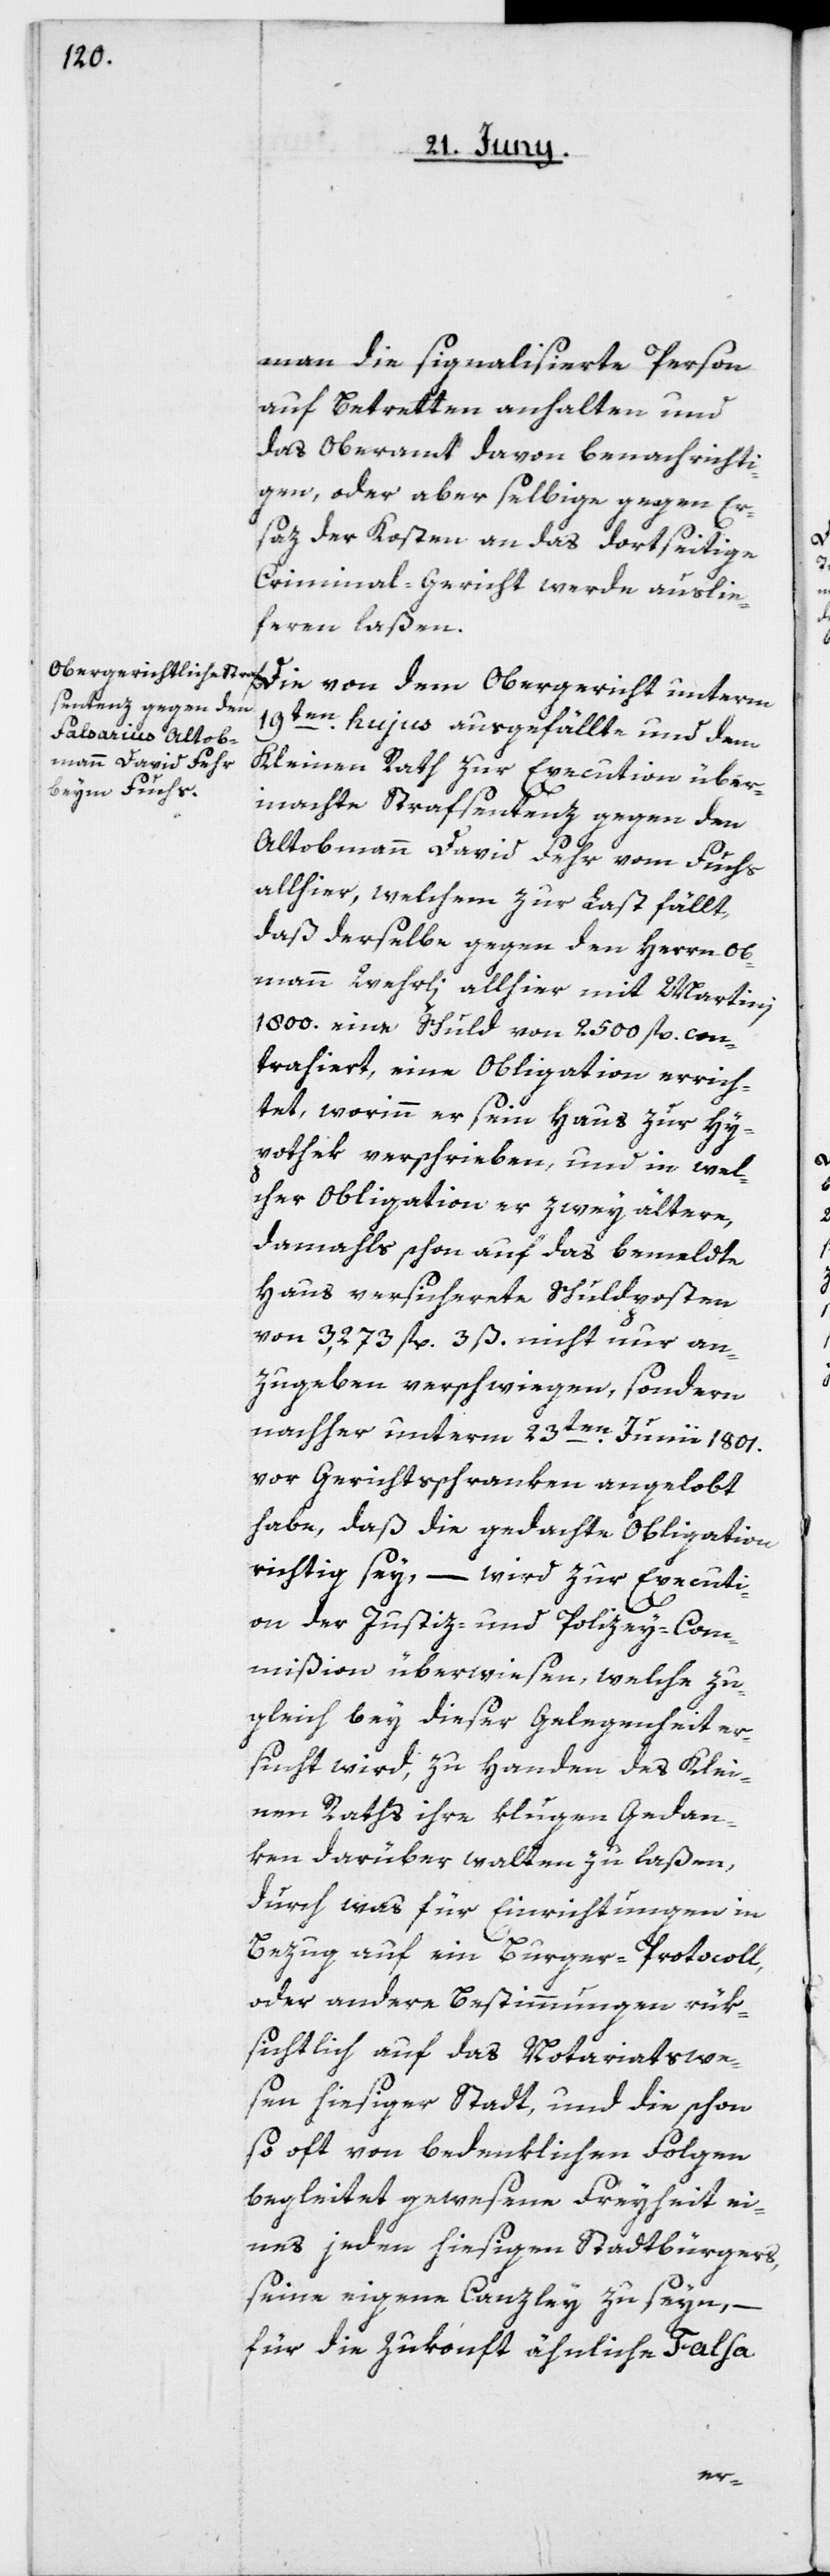
man die signalisierte Person
auf Betretten anhalten und
das Oberamt davon benachrichti¬
gen, oder aber selbige gegen Er¬
saz der Kosten an das dortseitige
Criminal-Gericht werde auslie¬
feren laßen.
19ten hujus ausgefällte und dem
Kleinen Rath zur Execution über¬
machte Strafsentenz gegen den
Altobmann David Fehr vom Fuchs
allhier, welchem zur Last fällt,
daß derselbe gegen den Herrn Ob¬
mann Wehrli allhier mit Martini
1800. eine Schuld von 2500 fl. con¬
trahiert, eine Obligation errich¬
tet, worinn er sein Haus zur Hy¬
pothek verschrieben, und in wel¬
cher Obligation er zwey ältere,
damahls schon auf das bemeldte
Haus versicherte Schuldposten
von 3,273 fl. 3 ß. nicht nur an¬
zugeben verschwiegen, sondern
nachher unterm 23ten Junii 1801.
vor Gerichtsschranken angelobt
habe, daß die gedachte Obligation
richtig sey, – wird zur Executi¬
on der Justiz- und Polizey-Com¬
mißion überwiesen, welche zu¬
gleich bey dieser Gelegenheit er¬
sucht wird, zu Handen des Klei¬
nen Raths ihre klugen Gedan¬
ken darüber walten zu laßen,
durch was für Einrichtungen in
dem
Bezug auf ein Burger-Protocoll,
oder andere Bestimmungen rük¬
sichtlich auf das Notariatswe¬
sen hiesiger Stadt, und die schon
so oft von bedenklichen Folgen
begleitet gewesene Freyheit ei¬
nes jeden hiesigen Stadtbürgers,
seine eigene Canzley zu seyn, –
für die Zukonft ähnliche Falsa